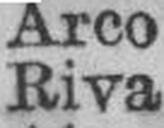
Riva